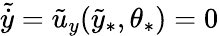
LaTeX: \tilde{\dot{y}}=\tilde{u}_{y}(\tilde{y}_{\ast},\theta_{\ast})=0